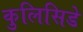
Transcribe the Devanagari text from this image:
कुलिसिडे